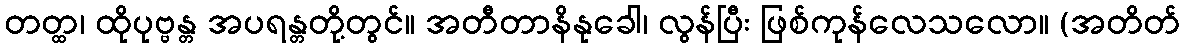
တတ္ထ၊ ထိုပုဗ္ဗန္တ အပရန္တတို့တွင်။ အတီတာနိနုခေါ၊ လွန်ပြီး ဖြစ်ကုန်လေသလော။ (အတိတ်